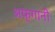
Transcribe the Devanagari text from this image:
अफ़्गानी